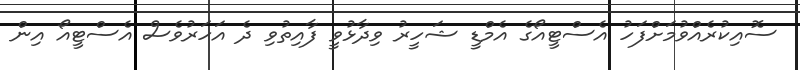
ސޮއިކުރެއްވުމަށްފަހު އެސްޓީއޯގެ އެމްޑީ ޝަހީރު ވިދާޅުވީ ފާއިތުވި ދެ އަހަރުވެސް އެސްޓީއޯ އިން